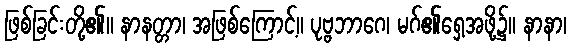
ဖြစ်ခြင်းတို့၏။ နာနတ္တာ၊ အဖြစ်ကြောင့်။ ပုဗ္ဗဘာဂေ၊ မဂ်၏ရှေ့အဖို့၌။ နာနာ၊